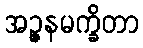
အဉ္ဇနမက္ခိတာ